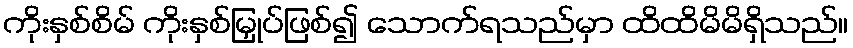
ကိုးနှစ်စိမ် ကိုးနှစ်မြှုပ်ဖြစ်၍ သောက်ရသည်မှာ ထိထိမိမိရှိသည်။